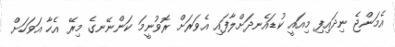
އެމަންޖެ ނިދައިފި މިއައީ ކުޑައެނދަށްލާފައި އެވަރަށް ރޮވުނީމަ ކަންނޭނގެ މިރޭ އެހާ އަވަހަށް